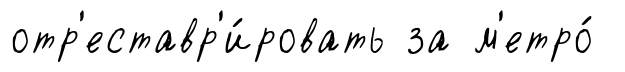
отр'еставр'и́ровать за м'етро́